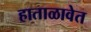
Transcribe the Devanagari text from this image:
हाताळावेत